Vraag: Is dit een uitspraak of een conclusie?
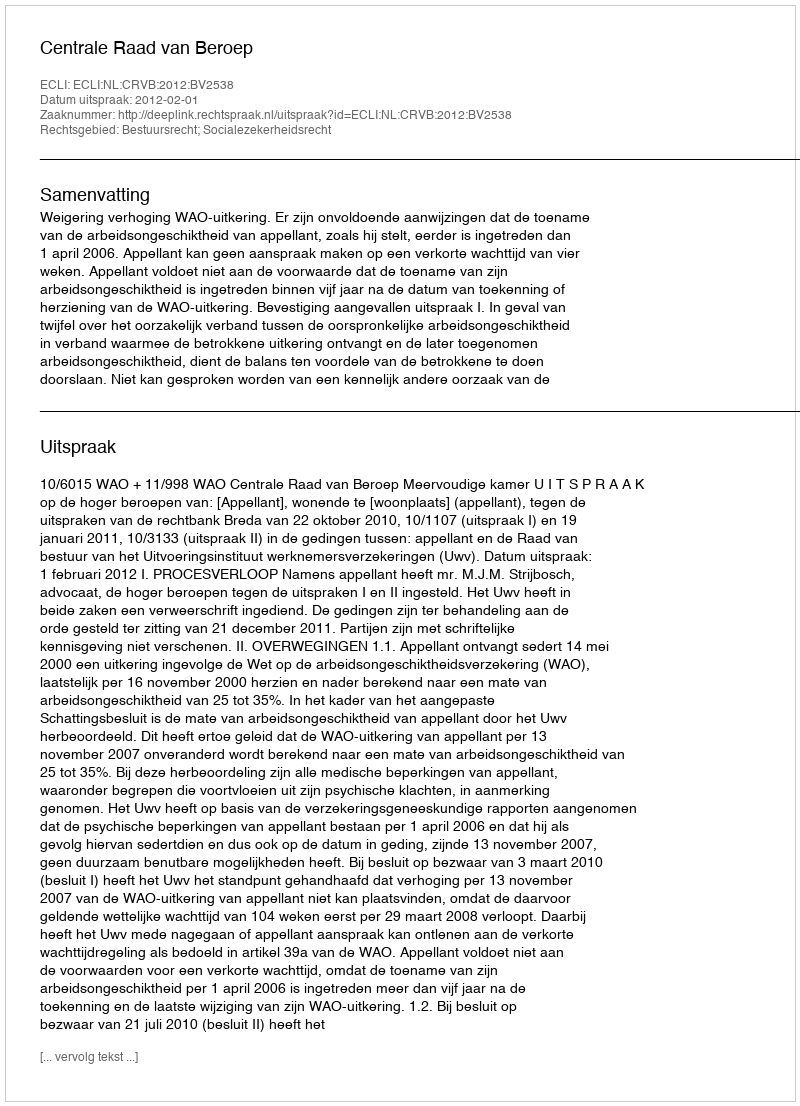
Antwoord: Uitspraak